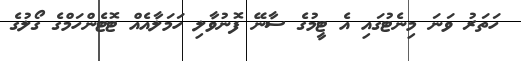
ހަތަރު ވަނަ މިނެޓުގައި އެ ޓީމުގެ ސާނޭ ފޮނުވާލި ހަމަލާއެއް ޓޮޓެންހަމްގެ ގޯލުގެ